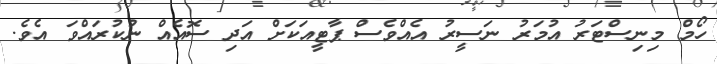
ހޯމް މިނިސްޓަރު އުމަރު ނަސީރު އެއްވެސް ޕާޓީއަކަށް އަދި ސޮއެއް ނުކުރައްވަ އެވެ.